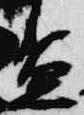
盃